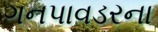
ગનપાવડરના